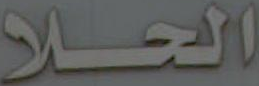
الحلا